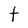
Character: t